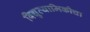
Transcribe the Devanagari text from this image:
विद्युत्यामिकीचा